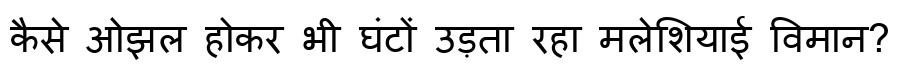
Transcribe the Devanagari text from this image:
कैसे ओझल होकर भी घंटों उड़ता रहा मलेशियाई विमान?